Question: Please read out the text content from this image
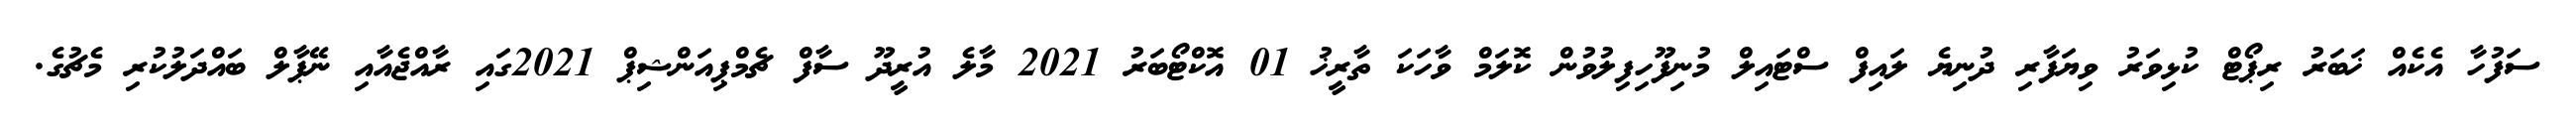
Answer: ސަފުހާ އެކެއް ޚަބަރު ރިޕޯޓް ކުޅިވަރު ވިޔަފާރި ދުނިޔެ ލައިފް ސްޓައިލް މުނިފޫހިފިލުވުން ކޮލަމް ވާހަކަ ތާރީޚު 01 އޮކްޓޯބަރު 2021 މާލެ އުރީދޫ ސާފް ޗެމްޕިއަންޝިޕް 2021ގައި ރާއްޖެއާއި ނޭޕާލް ބައްދަލުކުރި މެޗުގެ.